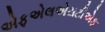
એફએલએસટીએફ